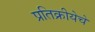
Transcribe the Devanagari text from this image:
प्रतिक्रीयेचे